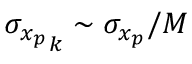
{ \sigma _ { x _ { p } } } _ { k } \sim \sigma _ { x _ { p } } / M